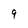
Character: 9